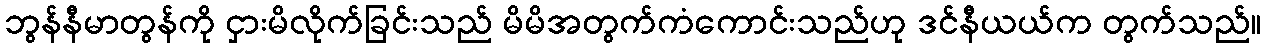
ဘွန်နီမာတွန်ကို ငှားမိလိုက်ခြင်းသည် မိမိအတွက်ကံကောင်းသည်ဟု ဒင်နီယယ်က တွက်သည်။